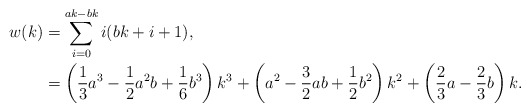
\begin{align*}w(k)&=\sum_{i=0}^{ak-bk}i(bk+i+1), \\ &= \left(\frac{1}{3}a^3-\frac{1}{2}a^2b+\frac{1}{6}b^3\right)k^3+\left(a^2-\frac{3}{2}ab+\frac{1}{2}b^2\right)k^2+\left(\frac{2}{3}a-\frac{2}{3}b\right)k. \end{align*}